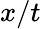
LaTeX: x/t